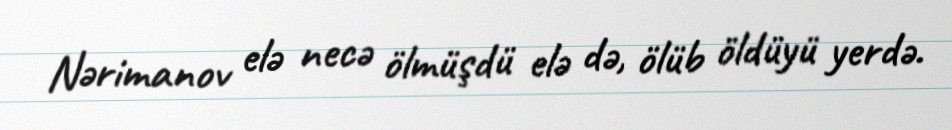
Nərimanov elə necə ölmüşdü elə də, ölüb öldüyü yerdə.